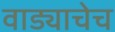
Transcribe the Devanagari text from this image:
वाड्याचेच